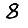
Digit: 8